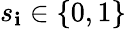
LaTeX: s_{\mathbf{i}}\in\{ 0,1\}